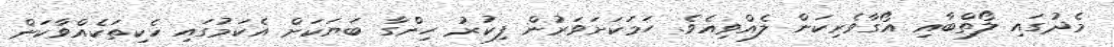
މެދުގައި ލޯތްބާއި އޯގާވެރިކަން ލެއްވިއެވެ. ހަމަކަށަވަރުން ފިކުރު ހިންގާ ބަޔަކަށް އެކަމުގައި ހެކިތަކެއްވާކަން